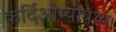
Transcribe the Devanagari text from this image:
कर्दिओम्योपथ्य